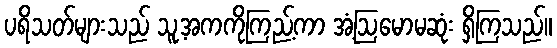
ပရိသတ်များသည် သူ့အကကိုကြည့်ကာ အံ့ဩမောမဆုံး ရှိကြသည်။